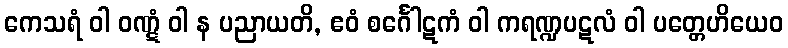
ကေသရံ ဝါ ဝဏ္ဋံ ဝါ န ပညာယတိ, ဧဝံ စင်္ဂေါဋကံ ဝါ ကရဏ္ဍပဋလံ ဝါ ပတ္တေဟိယေဝ